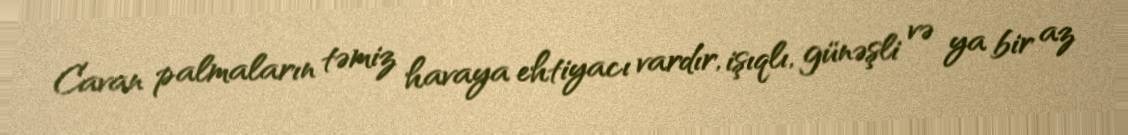
Cavan palmaların təmiz havaya ehtiyacı vardır, işıqlı, günəşli və ya bir az